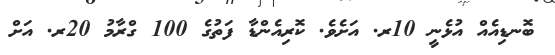
ބޮނޑިއެއް އުޅެނީ 10ރ. އަށެވެ. ކޮރިއެންޑާ ފަތުގެ 100 ގްރާމު 20ރ. އަށް